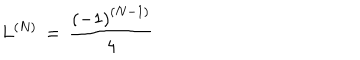
LaTeX: L ^ { \left( N \right) } \, = \, \frac { \left( - 1 \right) ^ { \left( N - 1 \right) } } { 4 }